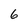
Character: 6